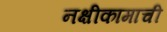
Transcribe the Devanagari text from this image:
नक्षीकामाची